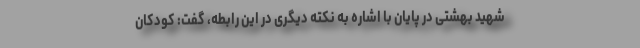
شهید بهشتی در پایان با اشاره به نکته دیگری در این رابطه، گفت: کودکان